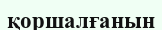
қоршалғанын